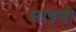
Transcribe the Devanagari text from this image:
माइबी